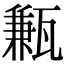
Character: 甉